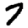
Digit: 7